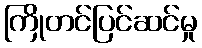
ကြိုတင်ပြင်ဆင်မှု